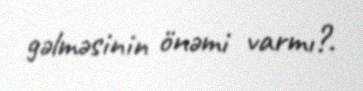
gəlməsinin önəmi varmı?.